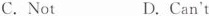
C. Not D. Can't